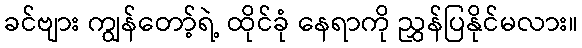
ခင်ဗျား ကျွန်တော့်ရဲ့ ထိုင်ခုံ နေရာကို ညွှန်ပြနိုင်မလား။